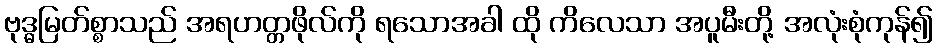
ဗုဒ္ဓမြတ်စ္စာသည် အရဟတ္တဖိုလ်ကို ရသောအခါ ထို ကိလေသာ အပူမီးတို့ အလုံးစုံကုန်၍